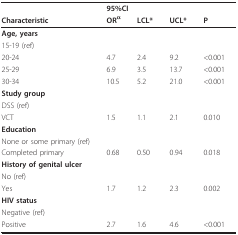
|  | <COLSPAN=3> 95%CI |  |
 | Characteristic | ORα | LCL* | UCL* | P |
 | --- | --- | --- | --- | --- |
 | Age, years |  |  |  |  |
 | 15-19 (ref) |  |  |  |  |
 | 20-24 | 4.7 | 2.4 | 9.2 | <0.001 |
 | 25-29 | 6.9 | 3.5 | 13.7 | <0.001 |
 | 30-34 | 10.5 | 5.2 | 21.0 | <0.001 |
 | Study group |  |  |  |  |
 | DSS (ref) |  |  |  |  |
 | VCT | 1.5 | 1.1 | 2.1 | 0.010 |
 | Education |  |  |  |  |
 | None or some primary (ref) |  |  |  |  |
 | Completed primary | 0.68 | 0.50 | 0.94 | 0.018 |
 | History of genital ulcer |  |  |  |  |
 | No (ref) |  |  |  |  |
 | Yes | 1.7 | 1.2 | 2.3 | 0.002 |
 | HIV status |  |  |  |  |
 | Negative (ref) |  |  |  |  |
 | Positive | 2.7 | 1.6 | 4.6 | <0.001 |